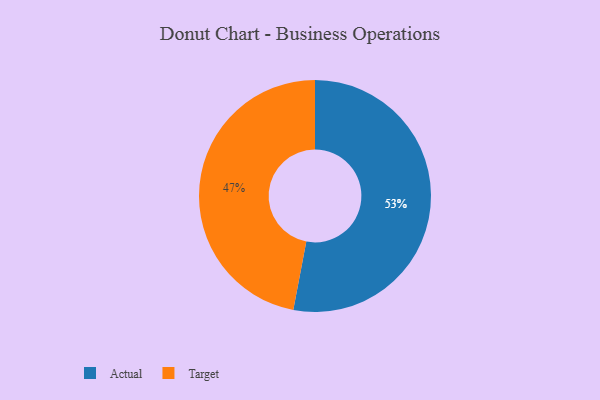
{"axis": {"x": "Category", "y": "Percentage"}, "legend": ["Actual", "Target"], "data": [{"x": "Actual", "y": 53, "type": "Actual"}, {"x": "Target", "y": 47, "type": "Target"}]}